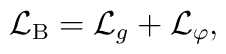
{\cal L}_{{\rm B}}={\cal L}_{g}+{\cal L}_{\varphi },